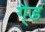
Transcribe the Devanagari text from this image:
गै्ड